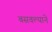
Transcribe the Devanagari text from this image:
बसवल्याने